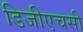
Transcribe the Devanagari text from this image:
डिजीएचसी